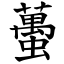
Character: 蠆